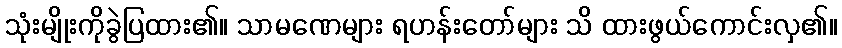
သုံးမျိုးကိုခွဲပြထား၏။ သာမဏေများ ရဟန်းတော်များ သိ ထားဖွယ်ကောင်းလှ၏။